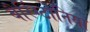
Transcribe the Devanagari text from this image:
बैरिंग्टोनिया